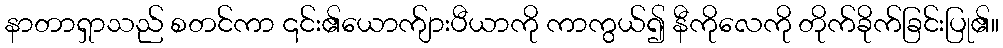
နာတာရှာသည် စတင်ကာ ၎င်း၏ယောက်ျားပီယာကို ကာကွယ်၍ နီကိုလေကို တိုက်ခိုက်ခြင်းပြု၏။